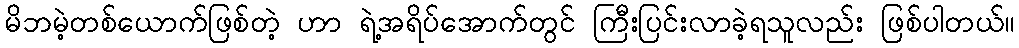
မိဘမဲ့တစ်ယောက်ဖြစ်တဲ့ ဟာ ရဲ့အရိပ်အောက်တွင် ကြီးပြင်းလာခဲ့ရသူလည်း ဖြစ်ပါတယ်။